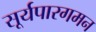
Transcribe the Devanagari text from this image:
सूर्यपारगमन